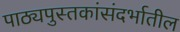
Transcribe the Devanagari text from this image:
पाठ्यपुस्तकांसंदर्भातील